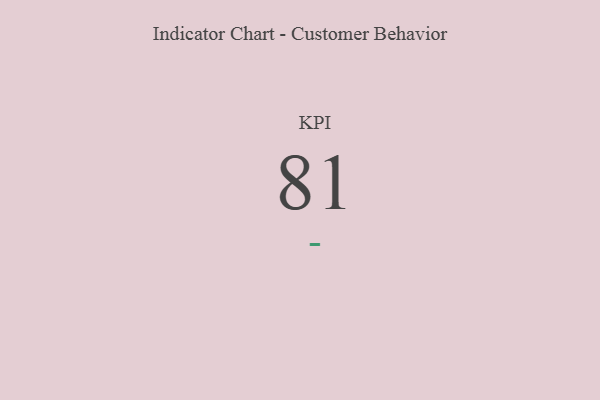
{"axis": {"x": "KPI", "y": "Value"}, "legend": [""], "data": [{"x": "KPI", "y": 81, "type": ""}]}